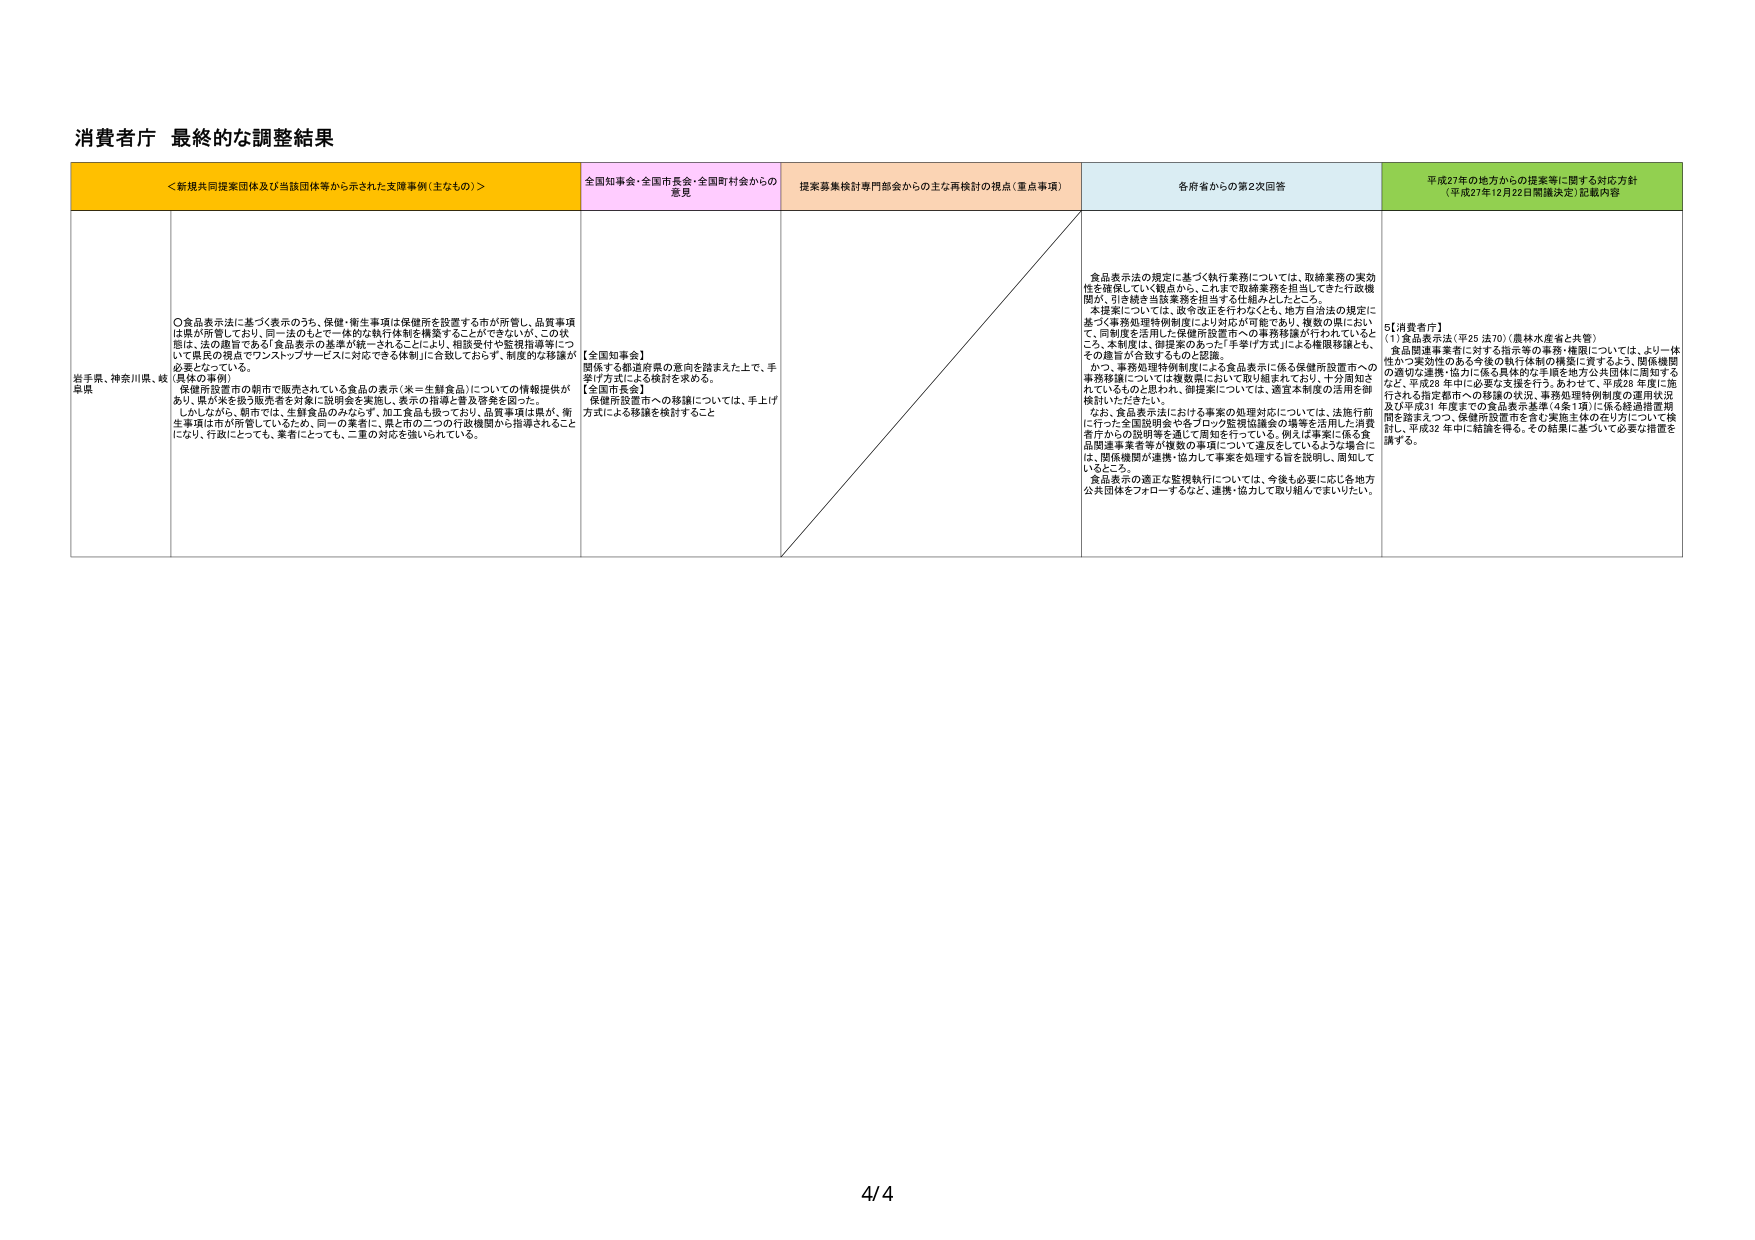
消費省庁 最終的な調整結果

＜新規共同提案団体及び当該団体等から示された支援事例（主なもの）＞
全国知事会・全国市長会・全国町村会からの意見
提案募集検討専門部会からの主な再検討の視点（重点事項）
各府省からの第2次回答
平成27年の地方からの提案等に関する対応方針（平成27年12月22日閣議決定）記載内容

岩手県、神奈川県、岐阜県
【県民の要請】
〇食品表示法に基づく表示のうち、保健・衛生事項は保健所を設置する市が所管し、品質事項は県が所管しており、同一法のもとで一体的な執行体制を構築することができないが、この状態は、法の趣旨である「食品表示の基準が統一されることにより、相談受付や監視指導等について県民の視点でワンストップサービスに対応できる体制」に合致しておらず、制度的な移譲が必要となっている。
保健所設置市の朝市で販売されている食品の表示（米＝生鮮食品）についての情報提供があり、県が米を扱う販売者を対象に説明会を実施し、表示の指導と普及啓発を図った。
しかしながら、朝市では、生鮮食品のみならず、加工食品も扱っており、品質事項は県が、衛生事項は市が所管しているため、同一の業者に、県と市の二つの行政機関から指導されることになり、行政にとっても、業者にとっても、二重の対応を強いられている。

【全国知事会】
関係する都道府県の意向を踏まえた上で、手受け方式による検討を求める。
【全国市長会】
保健所設置市への移譲については、手上げ方式による移譲を検討すること

食品表示法の規定に基づく執行業務については、取締業務の実効性を確保していく観点から、これまで取締業務を担当してきた行政機関が、引き続き当該業務を担当する仕組みとしたいこと。
本提案については、政令改正を行わなくても、地方自治法の規定に基づく事務処理特例制度により対応が可能であり、複数の県において、同制度を活用した保健所設置市への事務移譲が行われているところ。本制度は、御提案のあった「手受け方式」による権限移譲とも、その趣旨が合致するものと認識。
かつ、事務処理特例制度による食品表示に係る保健所設置市への事務移譲については複数県において取り組まれており、十分周知されているものと思われ、御提案については、適宜本制度の活用を御検討いただきたい。
なお、食品表示法における事案の処理対応については、法施行前に行った全国説明会や各ブロック監視協議会の場等を活用した消費者庁からの説明等を通じて周知を行っている。例えば事業に係る食品関連事業者等が複数の事項について違反をしているような場合には、関係機関が連携・協力して事案を処理する旨を説明し、周知しているところ。
食品表示の適正な監視執行については、今後も必要に応じ各地方公共団体をフォローアップするなど、連携・協力して取り組んでまいりたい。

5【消費者庁】
(1)食品表示法（平25 法70）（農林水産省と共管）
食品関連事業者に対する指示等の事務・権限については、より一体性かつ実効性のある今後の執行体制の構築に資するよう、関係機関の適切な連携・協力に係る具体的な手順を地方公共団体に周知するなど、平成28 年中に必要な支援を行う。あわせて、平成28 年度に施行される指定都市への移譲の状況、事務処理特例制度の運用状況及び平成31 年度までの食品表示基準（4条1項）に係る経過措置期間を踏まえつつ、保健所設置市を含む実施主体の在り方について検討し、平成32 年中に結論を得る。その結果に基づいて必要な措置を講ずる。

4/4